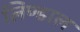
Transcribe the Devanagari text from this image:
लिण्डाल